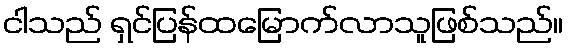
ငါသည် ရှင်ပြန်ထမြောက်လာသူဖြစ်သည်။